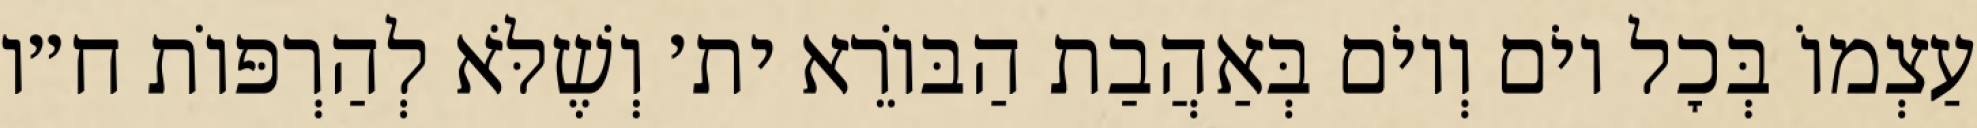
עַצְמוֹ בְּכׇל יוֹם וְיוֹם בְּאַהֲבַת הַבּוֹרֵא ית׳ וְשֶׁלֹּא לְהַרְפּוֹת ח״ו